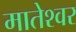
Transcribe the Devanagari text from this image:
मातेश्वर